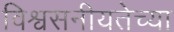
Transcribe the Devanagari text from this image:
विश्वसनीयतेच्या